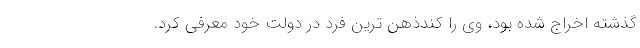
گذشته اخراج شده بود، وی را کندذهن ترین فرد در دولت خود معرفی کرد.